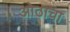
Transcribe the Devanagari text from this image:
ओठाचा